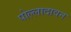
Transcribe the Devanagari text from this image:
पोल्लादावन